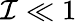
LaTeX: \mathcal{I}\ll 1